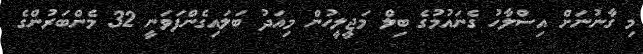
މި ގާނުނަށް އިސްލާހު ގެނައުމުގެ ބިލް މަޖީލީހުން މިއަދު ބަލައިގެންފަވަނީ 32 މެންބަރުންގެ